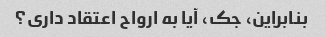
بنابراین، جک، آیا به ارواح اعتقاد داری؟